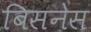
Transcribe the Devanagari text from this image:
बिसनेस